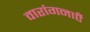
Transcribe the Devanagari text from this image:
वारांगनाएँ